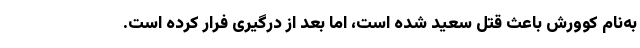
به‌نام کوورش باعث قتل سعید شده است، اما بعد از درگیری فرار کرده است.